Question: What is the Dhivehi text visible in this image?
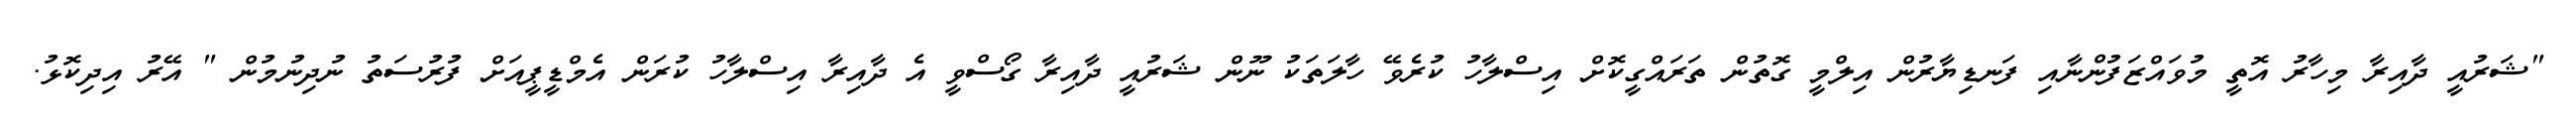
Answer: "ޝަރުއީ ދާއިރާ މިހާރު އޮތީ މުވައްޒަފުންނާއި ފަނޑިޔާރުން އިލްމީ ގޮތުން ތަރައްގީކޮށް އިސްލާހު ކުރެވޭ ހާލަތަކު ނޫން ޝަރުއީ ދާއިރާ ގޯސްވީ އެ ދާއިރާ އިސްލާހު ކުރަން އެމްޑީޕީއަށް ފުރުސަތު ނުދިނުމުން " އޭރު އިދިކޮޅު.